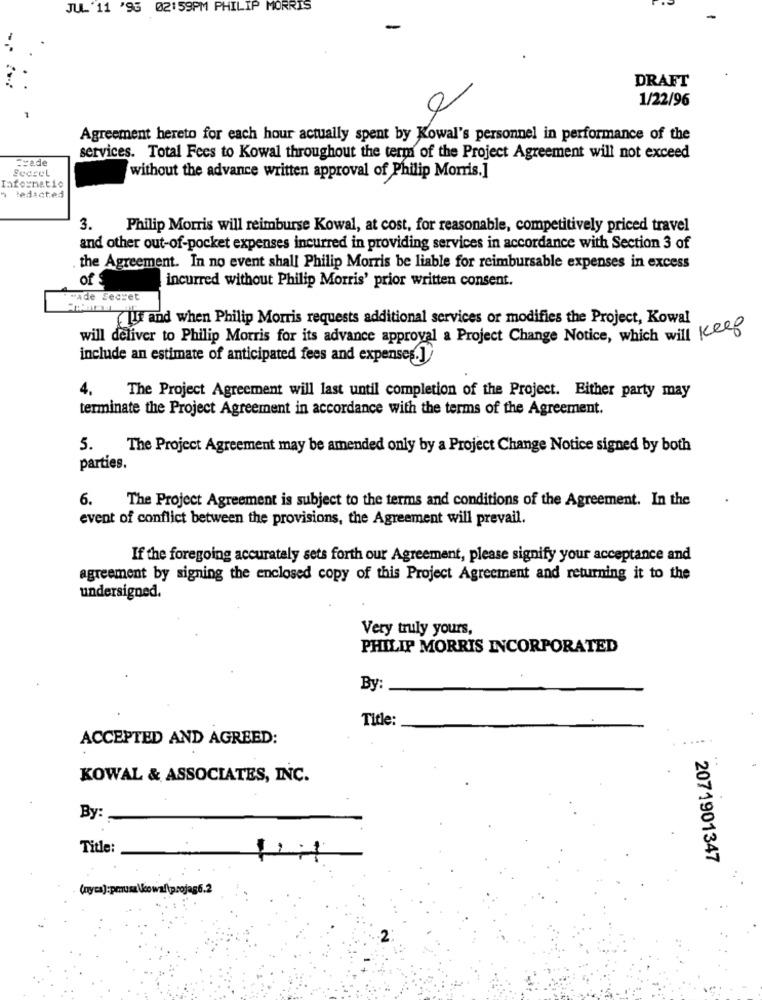
JUL. 11 '95 02:59PM PHILIP MORRIS
-
DRAFT
1/22/96
Agreement hereto for each hour actually spent by Kowal's personnel in performance of the
== ade
services. Total Fees to Kowal throughout the term of the Project Agreement will not exceed
Secret
without the advance written approval of Philip Morris.]
Informatie
tedacted
3.
Philip Morris will reimburse Kowal, at cost, for reasonable, competitively priced travel
and other out-of-pocket expenses incurred in providing services in accordance with Section 3 of
the Agreement. In no event shall Philip Morris be liable for reimbursable expenses in excess
of
incurred without Philip Morris' prior written consent.
made Secret
(II and when Philip Morris requests additional services or modifies the Project, Kowal
will deliver to Philip Morris for its advance approval a Project Change Notice, which will Keep
include an estimate of anticipated fees and expenses.]
4.
The Project Agreement will last until completion of the Project. Either party may
terminate the Project Agreement in accordance with the terms of the Agreement.
5.
The Project Agreement may be amended only by a Project Change Notice signed by both
parties.
6. The Project Agreement is subject to the terms and conditions of the Agreement. In the
event of conflict between the provisions, the Agreement will prevail.
If the foregoing accurately sets forth our Agreement, please signify your acceptance and
agreement by signing the enclosed copy of this Project Agreement and returning it to the
undersigned.
Very truly yours,
PHILIP MORRIS INCORPORATED
By:
Title:
ACCEPTED AND AGREED:
..
KOWAL & ASSOCIATES, INC.
By:
Title:
2071901347
(nyca):pmusz \owa/tprojag6.2